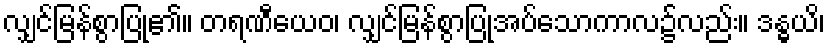
လျှင်မြန်စွာပြု၏။ တရဏီယေဝ၊ လျှင်မြန်စွာပြုအပ်သောကာလ၌လည်း။ ဒန္ဓယိ၊